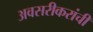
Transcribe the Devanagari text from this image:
अवसरीकरांची